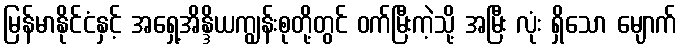
မြန်မာနိုင်ငံနှင့် အရှေ့အိန္ဒိယကျွန်းစုတို့တွင် ဝက်မြီးကဲ့သို့ အမြီး လုံး ရှိသော မျောက်